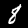
Label: 8